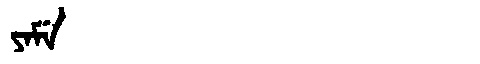
Manchu: ᠶᠠᠮᡝ
Romanization: YAME